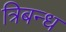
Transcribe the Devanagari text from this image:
त्रिबन्ध